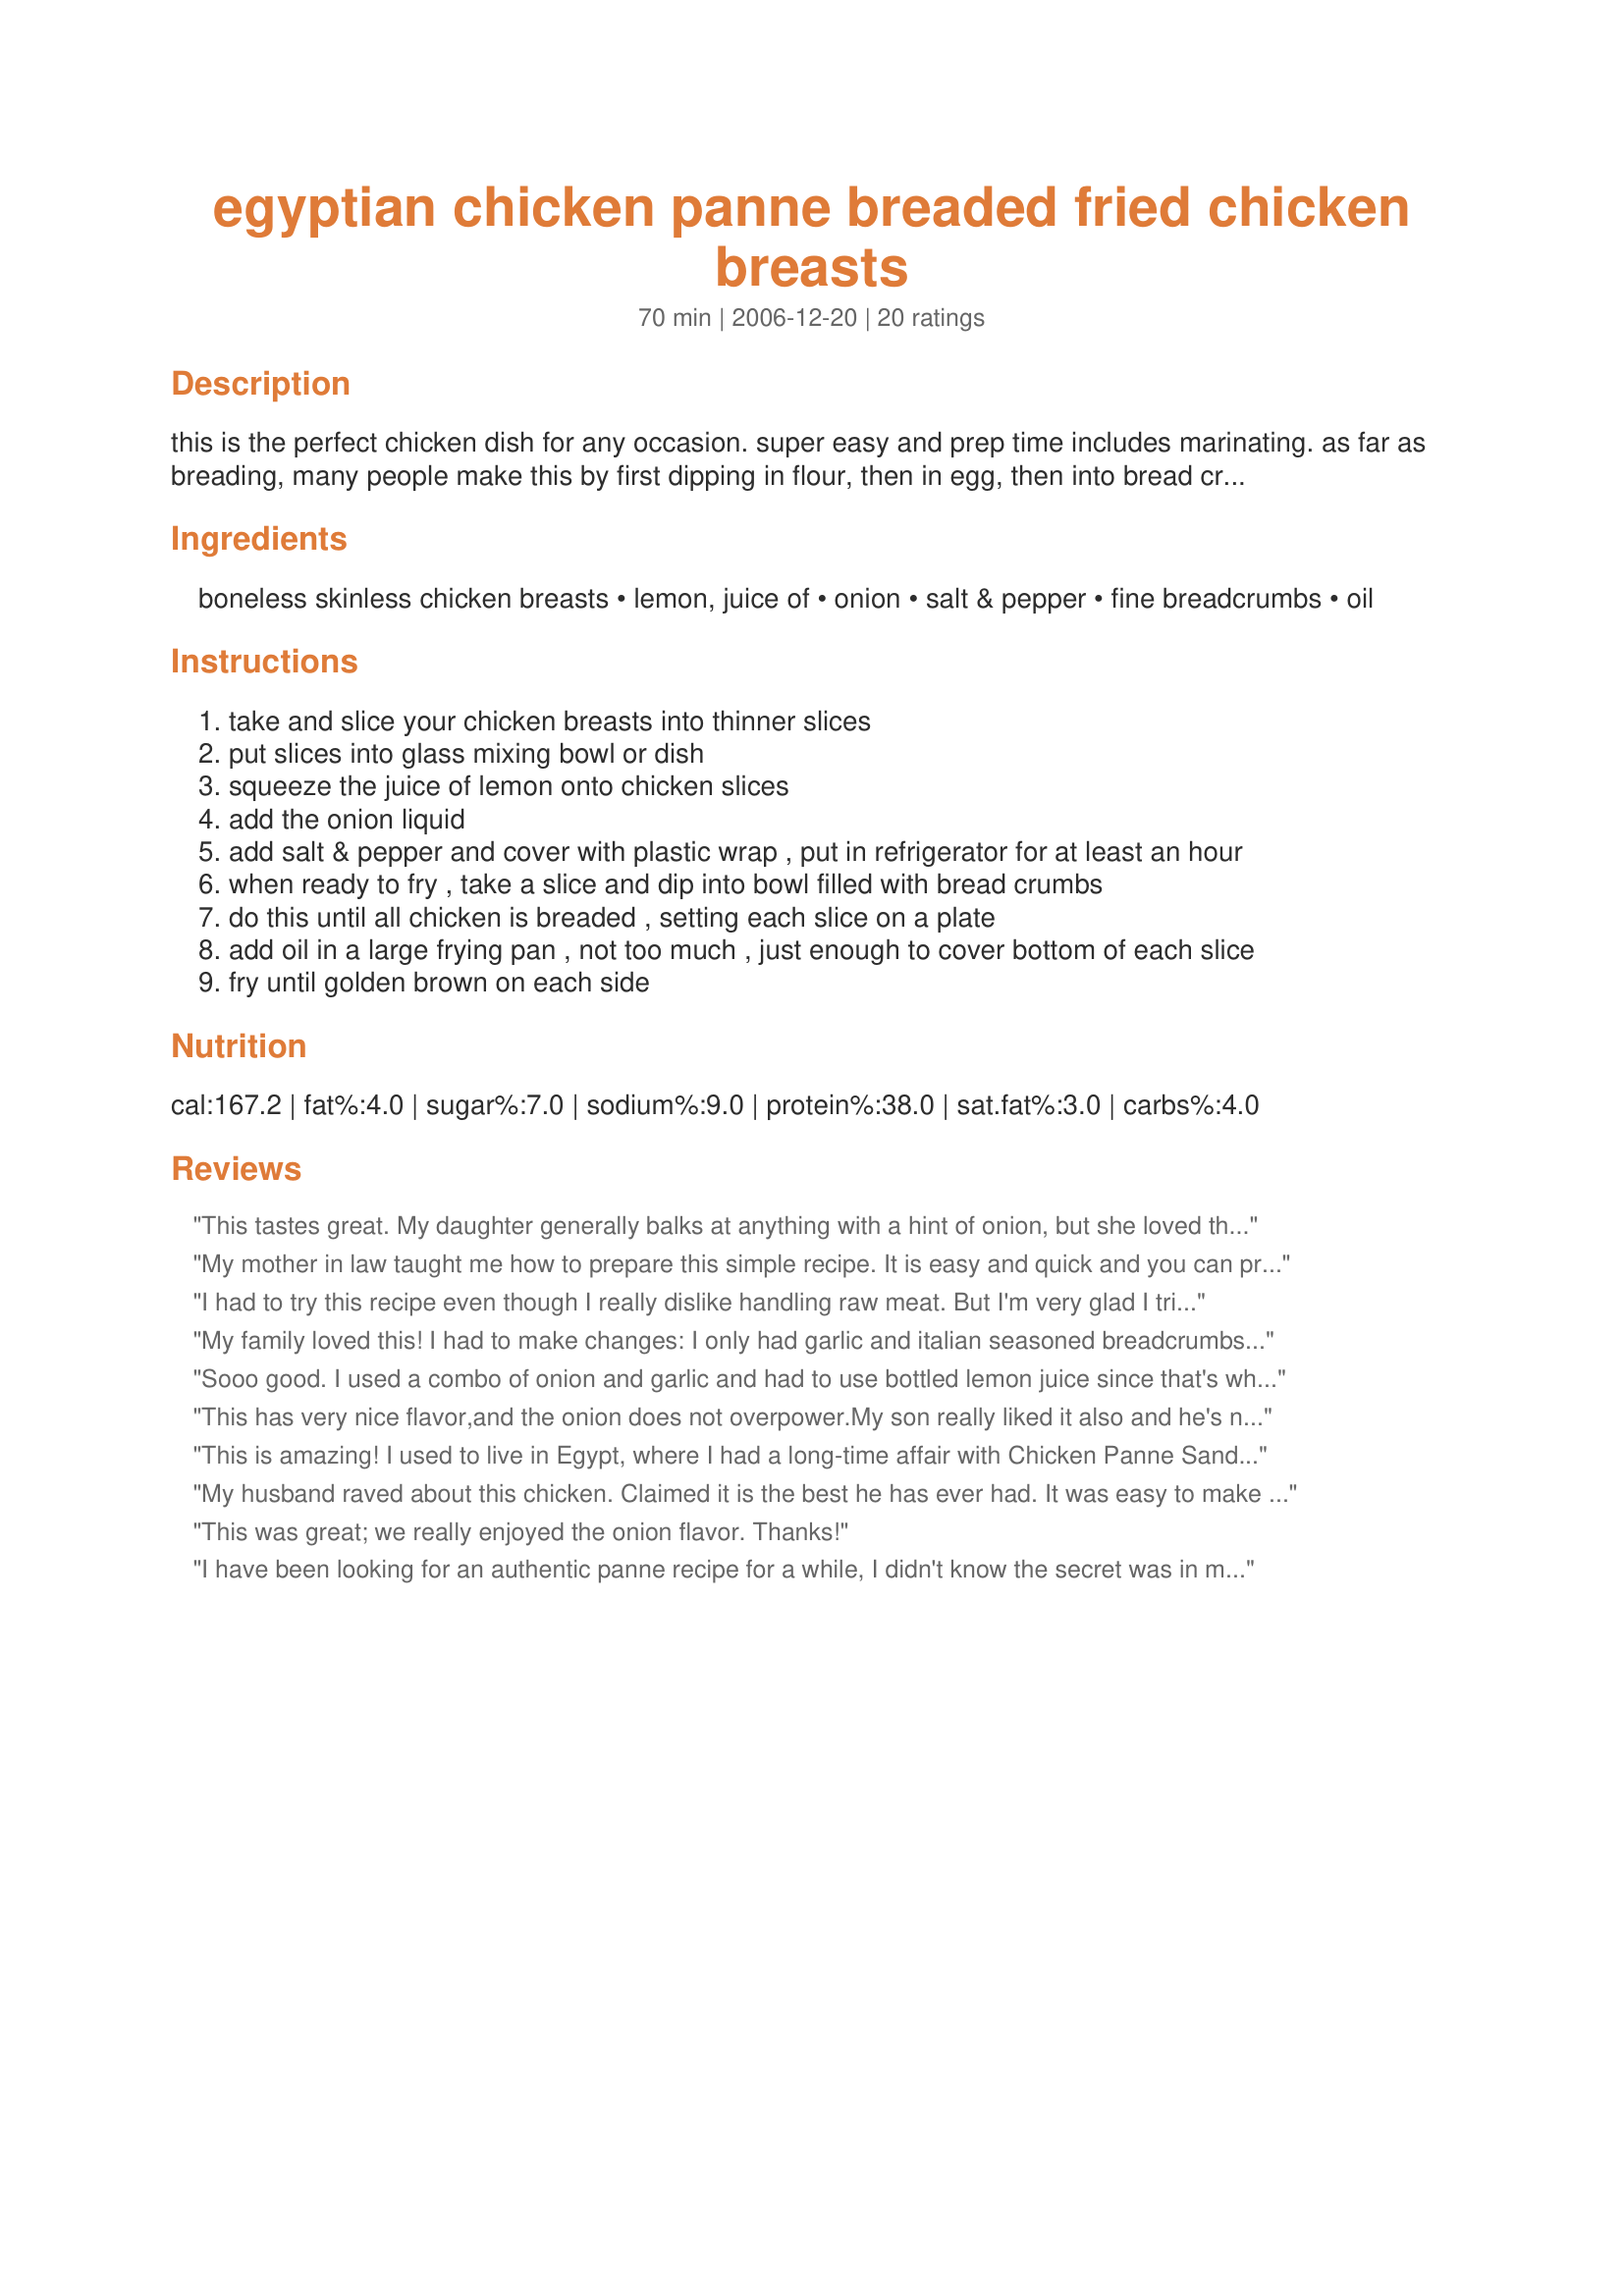
egyptian chicken panne breaded fried chicken breasts
Preparation time: 70 minutes

this is the perfect chicken dish for any occasion. super easy and prep time includes marinating. as far as breading, many people make this by first dipping in flour, then in egg, then into bread crumbs, which does give a nice thick crust, but my recipe omits the egg and flour, using just bread crumbs, and they come out super crunchy and just as delicious! a friend of mine here in cairo also omits the onion and marinates in garlic instead, i like the onion, but you could try garlic too. these go well with any pasta dish or rice. they make excellent leftovers for a delicious sandwich with tomato and mayo, that is if you have any left over! enjoy!

Ingredients:
boneless skinless chicken breasts, lemon, juice of, onion, salt & pepper, fine breadcrumbs, oil

Steps:
take and slice your chicken breasts into thinner slices
put slices into glass mixing bowl or dish
squeeze the juice of lemon onto chicken slices
add the onion liquid
add salt & pepper and cover with plastic wrap , put in refrigerator for at least an hour
when ready to fry , take a slice and dip into bowl filled with bread crumbs
do this until all chicken is breaded , setting each slice on a plate
add oil in a large frying pan , not too much , just enough to cover bottom of each slice
fry until golden brown on each side

Reviews:
This tastes great. My daughter generally balks at anything with a hint of onion, but she loved this chicken. I didn't have a lemon so I had to substitute a lime, which worked well. I served this with scalloped potatoes and everyone said they can't wait for me to make it again.
My mother in law taught me how to prepare this simple recipe. It is easy and quick and you can prepare this a night ahead of time. Also she did show me that after breading it is a good idea to put in the freezer for a little while to make the coating stick better. In addition she puts spice on the chicken, then she dips them in egg to which she has added the same spices, and also puts the same spice in the bread crumbs. It comes out well and really tasty.
I had to try this recipe even though I really dislike handling raw meat. But I'm very glad I tried it, it was delicious! I went ahead & did the flour, egg & breadcrumbs. The only thing I would try to do next time is slice the meat even thinner. When both sides were perfectly golden the chicken wasn't done, probably I cooked it too high. But nonetheless they were great, I luuuved the onion flavor. Thanks for sharing!
My family loved this! I had to make changes: I only had garlic and italian seasoned breadcrumbs. I dipped in breadcrumbs and then eggs. Was so easy and so delish! I'll definately make this again and again! I served with mashed potatoes and steamed broccoli.
Sooo good. I used a combo of onion and garlic and had to use bottled lemon juice since that's what I had. I did flour/egg/crumb coat the chicken pieces and had to make my own crumbs out of saltines since I was out of regular breadcrumbs. The onion flavor was there but not overwhelming and the chicken was extremely moist and tender - none of my kids complained and my youngest ate 3 helpings! Very, Very good!
This has very nice flavor,and the onion does not overpower.My son really liked it also and he's not a chicken fan so that really says something.
Thanks
Candace
This is amazing! I used to live in Egypt, where I had a long-time affair with Chicken Panne Sandwiches. When I came back to the states, I tried to make them myself, but always felt something was missing. But not anymore!!! Oh, thank you for sharing!!! I followed the recipe almost exactly. To help liquify the onion, I added the lemon juice to the processor. And after I breaded the chicken, I gently pressed the crumbs to make the coating more firm. I still can't get over how delicious it was! mmm...I think I will make another batch and individually freeze them...mmmm.*drools*
My husband raved about this chicken. Claimed it is the best he has ever had. It was easy to make but a bit painful with the onions (my eyes are still burning :)) Overall a great recipe and will be served again in the near future.
This was great; we really enjoyed the onion flavor. Thanks!
I have been looking for an authentic panne recipe for a while, I didn't know the secret was in marinating the chicken. My eldest daughter enjoys making panne, we knew we had come across the right recipe when we made this one!! We enjoy them sandwich style in crispy baguettes with loads of mayo. This fab recipe is easy as it involves less preparation I also found it helped not to make the oil TOO hot. Thank you for a wonderful recipe, cooking in cairo, and may I say it is nice to share recipes with another member from Cairo!!
Very tasty! I made exactly as written...however I think the next time I make these, I will use Panko breadcrumbs, cornstarch and milk. That is the best breading combination I've found so far...the breading is nice and crunchy and actually stays on the chicken. Just using breadcrumbs, the breading was crispy right out of the pan, but by the time I got all of them done, the first strips were soggy. Many had pieces of breading missing. But, I find that happening a lot with using just breadcrumbs or even egg and breadcrumbs. <br/><br/>The chicken was extremely flavorful and moist, I will use this marinade again for sure. Would love to try grilling as one reviewer said. Thanks for sharing, this one is going in my recipe file for sure!
Delicious recipe! The marination is truly the key to delicious breaded fried chicken! The only alteration I made was to dip the chicken pieces in flour, egg, and then the breadcrumbs to help the crumbs stick better. Other than that, perfect! Next time, though, I'm going to try mixing in a tsp. of garlic powder in the pureed onion for extra flavor. I highly recommend this recipe as a fun alternative to traditional chicken fingers!
this is exactly how i do it, super simple and tasty, i also add a spoon of grinded green pepper sometimes it gives an extra taste
This recipe is fabulous!! I added a little water to the onion while in blender so it turned very smooth. I coated the chicken with a thick layer of the blendered onion before breading and it tasted great! Be careful! The breading is very fragile while cooking. I made Cheesy Potatoes Au Gratin Recipe #110173 with the chicken and this combo has become our favourite family meal!!
When our local store has amish chicken breasts on sale (boneless and already cut into slender strips), my husband and I love making this recipe. Delicious!
I was worried the onion would overpower the chicken, but it did not. I could taste the lemon and the onion beautifully. It was great!
THESE ARE GREAT BAKED TOO! II used frozen boneless skinless breasts, marinated 1 hour, rolled in crumbs flour and egg and they were DELICIOUS! Hubby's favorite chicken.
This is so good! I made up the marinade and went to go cut the chicken and it was all shaped different, so I wound up cutting large chunks and pounding them out. I marinaded and then just didn't feel like following through with the breading and frying, so we GRILLED them! The chicken is fabulous. I would have never thought to liquify the onion (I used garlic too) I can't wait to try it the right way! Thanks!
I should have commented a while ago on this recipe. This is THE BEST tasting Chicken I have EVER had. The pieces are moist, flavorful, and tender while the outside is wonderfully crispy! I make this just as the recipe says, no substitutions. My family has some really picky eaters, and even one who HATES onions. Let me say, there are no leftovers! Do not hesitate to try this recipe, you will not be disappointed by the results! Thank You for this wonderful recipe!
This was very good. I used onion and garlic for the marinade. I had to add a lttle water to the blender because my onion did not liquify enough. I think the next time I make it, I will try to bake them instead of fry to reduce the fat and I found them to be a bit greasy. Overall though, the flavor was great.
